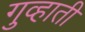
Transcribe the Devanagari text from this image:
गुव्हाती